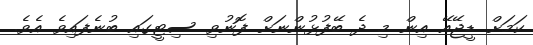
ކަމަށް ޑީޖޭއޭ އިން މި ދެ ބޭފުޅުންނަށް ފޮނުވި ސިޓީގައި ބުނެފައިވެ އެވެ.